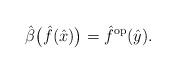
LaTeX: \begin{gather*}{\hat{\beta}}\big(\hat{f}(\hat{x})\big)=\hat{f}^{\rm op}(\hat{y}).\end{gather*}